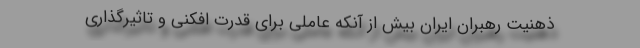
ذهنیت رهبران ایران بیش از آنکه عاملی برای قدرت افکنی و تاثیرگذاری